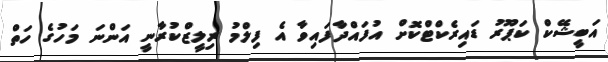
އަބީޝޭކް ކަޕޫރު ޑައިރެކްޓްކޮށް އުފައްދާފައިވާ އެ ފިލްމު ރިލީޒްކުރާނީ އަންނަ މަހުގެ ހަތް